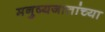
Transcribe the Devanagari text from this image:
मनुष्यजातांच्या